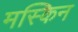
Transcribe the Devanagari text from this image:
मस्किन